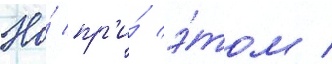
Но́ пр'и́ э́том /